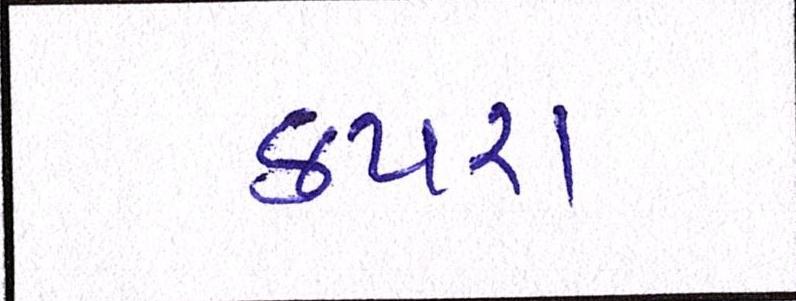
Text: કપરા